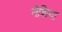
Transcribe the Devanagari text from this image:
नेशिया